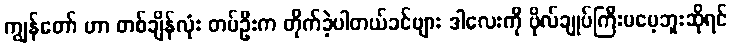
ကျွန်တော် ဟာ တစ်ချိန်လုံး တပ်ဦးက တိုက်ခဲ့ပါတယ်ခင်ဗျား ဒါလေးကို ဗိုလ်ချုပ်ကြီးမမေ့ဘူးဆိုရင်